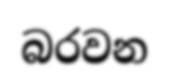
බරවන